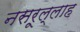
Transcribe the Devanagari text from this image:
नसरूल्लाह